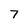
Character: 7